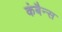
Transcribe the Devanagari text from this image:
कंबैन्स